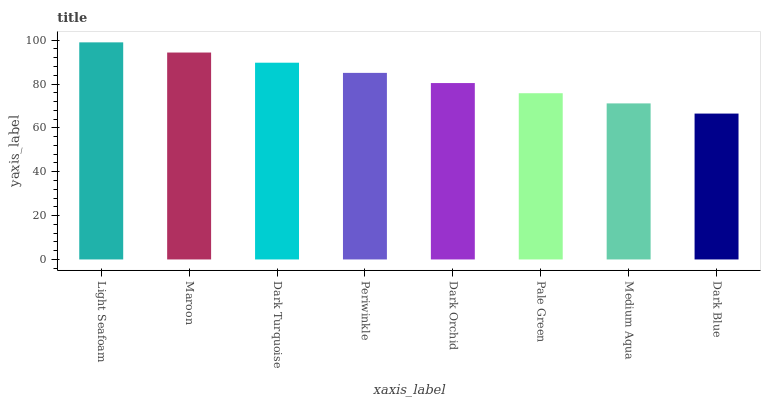
| xaxis_label | bars |
 | --- | --- |
 | Light Seafoam | 99 |
 | Maroon | 94.4 |
 | Dark Turquoise | 89.7 |
 | Periwinkle | 85.1 |
 | Dark Orchid | 80.4 |
 | Pale Green | 75.8 |
 | Medium Aqua | 71.2 |
 | Dark Blue | 66.5 |